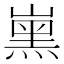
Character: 𡼡